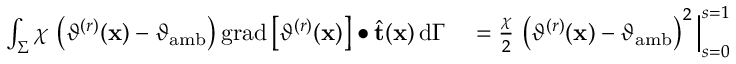
\begin{array} { r l } { \int _ { \Sigma } \chi \, \left( \vartheta ^ { ( r ) } ( \mathbf { x } ) - \vartheta _ { \mathrm { a m b } } \right) \mathrm { g r a d } \left[ \vartheta ^ { ( r ) } ( \mathbf { x } ) \right] \bullet \widehat { \mathbf { t } } ( \mathbf { x } ) \, \mathrm { d } \Gamma } & { { } = \frac { \chi } { 2 } \, \left( \vartheta ^ { ( r ) } ( \mathbf { x } ) - \vartheta _ { \mathrm { a m b } } \right) ^ { 2 } \Big | _ { s = 0 } ^ { s = 1 } } \end{array}